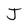
Character: J